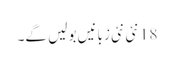
18 نئی نئی زبانیں بولیں گے۔